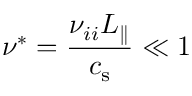
\nu ^ { * } = \frac { \nu _ { i i } L _ { \parallel } } { \ensuremath { c _ { \mathrm { s } } } } \ll 1